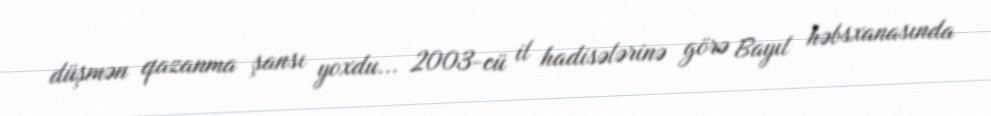
düşmən qazanma şansı yoxdu... 2003-cü il hadisələrinə görə Bayıl həbsxanasında